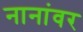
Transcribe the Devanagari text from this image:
नानांवर